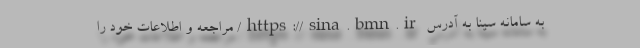
به سامانه سینا به آدرس https://sina.bmn.ir/ مراجعه و اطلاعات خود را